Scientific memoirs by medical officers of the Army of India - Part XI,
Year: 1898
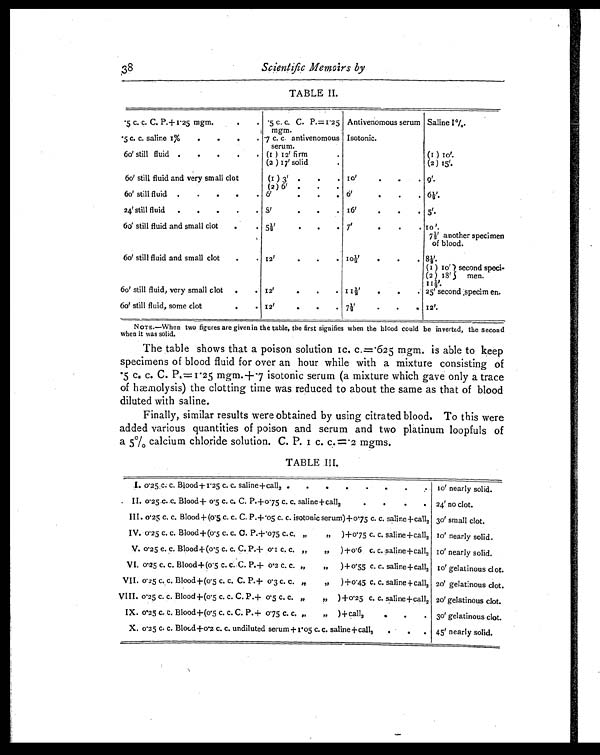
38
Scientific Memoirs by
TABLE II
.5 c. c. C. P.+1.25 mgm.
.
. .5 c. c. C. P. =1.25
mgm.
Antivenomous serum Saline 1%
.5 c. c. saline 1%
.
.
.
. 7 c. c antivenomous
serum.
Isotonic.
60' still fluid .
.
.
.
. (1 ) 12' firm
.
(1 ) 10'.
(2) 17' solid
.
(2) 15'.
60' still fluid and very small clot
(1) 3' . . . 10'
.
.
. 9'.
(2) 6' .
60' still fluid .
.
. . . 6'
. . . 6'
.
.
. 6½'.
24' still fluid
.
.
.
.
. 8'
.
.
1 6 '
. . . 5'.
60' still fluid and small clot
.
. 5½'
.
.
. 7'
.
.
. 10 '.
7½' another specimen
of blood.
60' still fluid and small clot
.
. 12'
. . . 10½'
.
.
. 8½.
(1) 10' second speci-
men.
(2) 18'
11½'.
60' still fluid, very small clot
.
. 12'
.
.
. 11½'
.
.
. 25' second :specimen.
60' still fluid, some clot
.
. 12'
.
.
. 7½'
.
.
. 12'.
NOTE.—When two figures are given in the table, the first signifies when the blood could be inverted, the second
when it was solid.
The table shows that a poison solution 1c. c.=.625 mgm. is able to keep
specimens of blood fluid for over an hour while with a mixture consisting of
.5 c. c. C. P.=1.25 mgm. +.7 isotonic serum (a mixture which gave only a trace
of hæmolysis) the clotting time was reduced to about the same as that of blood
diluted with saline.
Finally, similar results were obtained by using citrated blood. To this were
added various quantities of poison and serum and two platinum loopfuls of
a 5% calcium chloride solution. C. P. 1 c.c.= . 2
m g m s .
TABLE III.
I. 0. 25 c. c. Blood+ 1.25 c. c. saline+call 2 .
.
.
.
.
.
10' nearly solid.
II. 0.25 c. c. Blood+ 0.5 c. c. C. P.+0.75 c. c. saline+call2
.
. 24' no clot.
III. 0.25 c. c. Blood+ (0.5 c. c. C. P. +.05 c. c. isotonic serum) +0.75 c. c. saline +call 2 30' small clot.
IV. 0.25 c. c. Blood +(0.5 c. c. C. P.+.075 c.c. „
„
)+0.75 c. c. saline+call 2 10' nearly solid.
V. 0. 25 c. c. Blood +(0.5 c. c. C. P.+ 0.1 c. c. „
, , )+0.6 c . c. saline+call 2 10' nearly solid.
VI. 0.25 c. c. Blood+(0.5 c. c. C. P.+ 0.2 c. c. „
„
)+ 0.55 c. c. saline+call 2 10' gelatinous clot.
VII. 0. 25 c. c. Blood +(0.5 c. c. C. P.+ 0.3 c. c. „
„
)+0.45 c. c. saline + call 2 20' gelatinous clot.
VIII. 0.25 c. c. Blood +(0.5 c. c. C. P .+ 0. 5 c. c. „
„ )+0.25 c. c. saline+call 2 20' gelatinous clot.
IX. 0'25 c. c. Blood+(0.5 c. c. C. P.+ 0.75 c. c. , ,
„ )+ call2 .
.
. 30' gelatinous clot.
X. 0.25 c. c. Blood+0.2 c. c. undiluted serum+ 1.05 c.c. saline+call2 .
. 45' nearly solid.